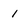
Character: 1